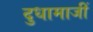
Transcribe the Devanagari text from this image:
दुधामाजीं